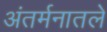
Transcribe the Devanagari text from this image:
अंतर्मनातले